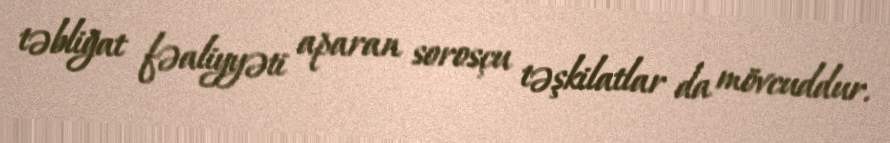
təbliğat fəaliyyəti aparan sorosçu təşkilatlar da mövcuddur.